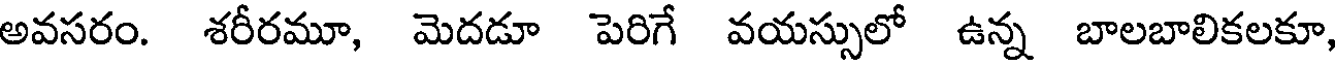
అవసరం. శరీరమూ, మెదడూ పెరిగే వయస్సులో ఉన్న బాలబాలికలకూ,